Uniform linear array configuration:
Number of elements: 16
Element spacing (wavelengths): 0.5
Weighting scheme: binomial
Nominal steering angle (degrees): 30
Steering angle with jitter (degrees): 28.697
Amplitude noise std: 0.05
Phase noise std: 0.05

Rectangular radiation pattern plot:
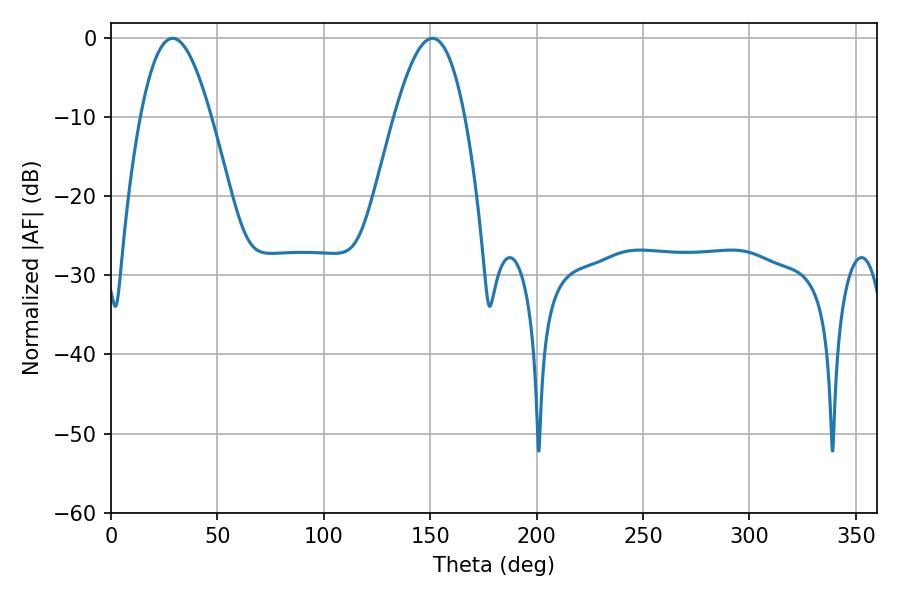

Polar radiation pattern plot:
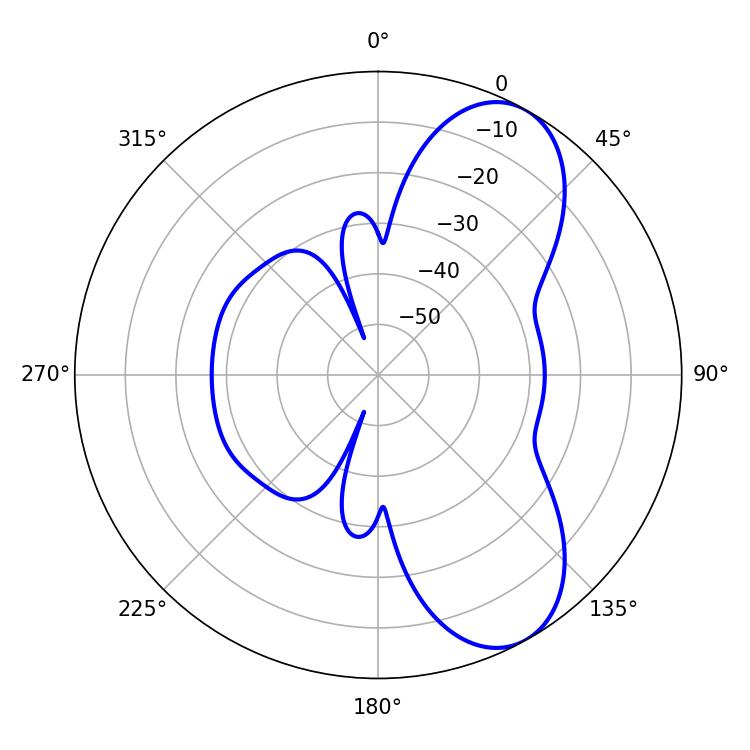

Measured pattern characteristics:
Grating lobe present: FALSE
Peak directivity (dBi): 7.751
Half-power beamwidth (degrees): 18
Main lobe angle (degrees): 151.02